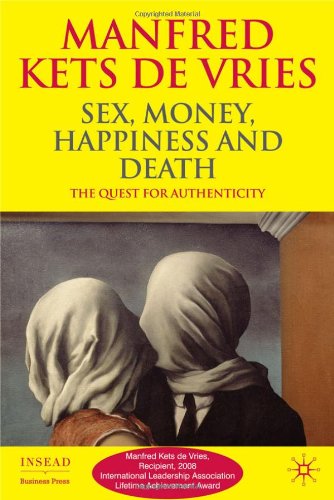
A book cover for Sex, Money, Happiness, and Death: The Quest for Authenticity (INSEAD Business Press); Manfred Kets de Vries; Medical Books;